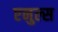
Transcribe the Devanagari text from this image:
एनुल्स